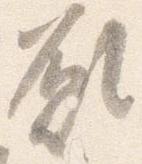
願